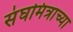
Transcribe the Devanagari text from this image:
संघमित्राच्या